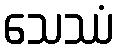
သေဿံ